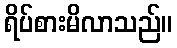
ရိပ်စားမိလာသည်။